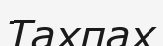
Тахпах